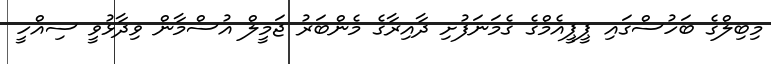
މިބިލްގެ ބަހުސްގައި ޕީޕީއެމްގެ ގެމަނަފުށި ދާއިރާގެ މެންބަރު ޖަމީލް އުސްމާން ވިދާޅުވީ ސިއްހީ